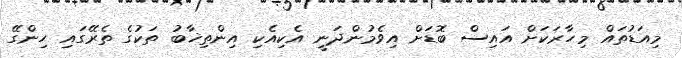
މިއަޑުތައް މިހާރަކަށް އައިސް ބޮޑަށް އިވެމުންދަނީ އެކިއެކި އިންތިޚާބު ތަކުގެ ތެރޭގައި ހިންގޭ